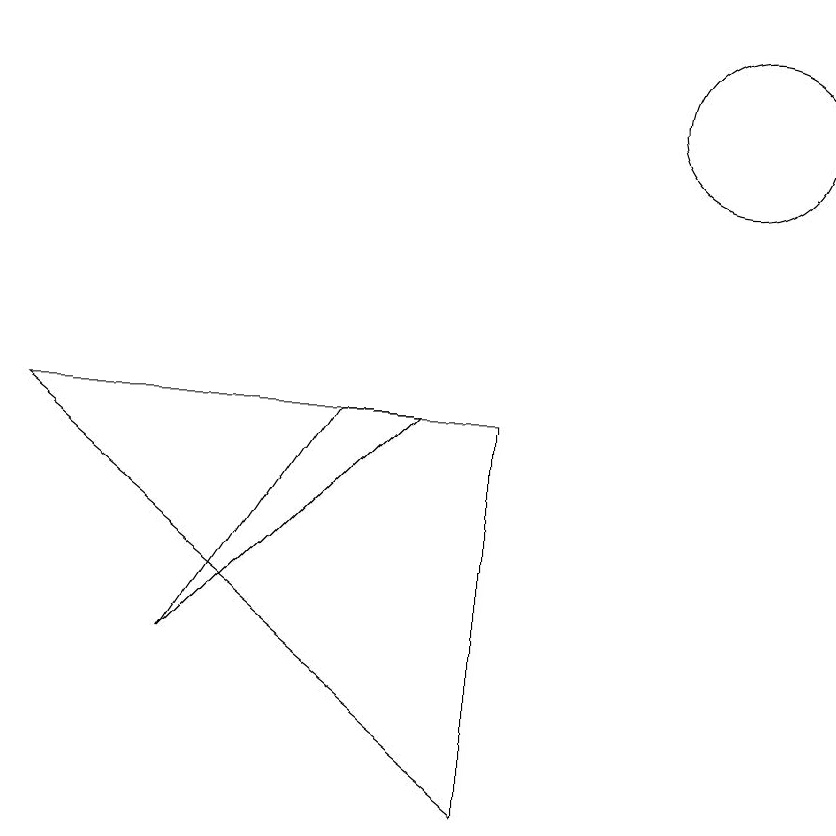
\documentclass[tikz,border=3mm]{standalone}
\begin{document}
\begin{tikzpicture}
\draw (10,11) circle (1);
\draw (5,7) -- (6,7) -- (3,4) -- cycle;
\draw (1,7) -- (7,7) -- (7,2) -- cycle;
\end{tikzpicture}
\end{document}